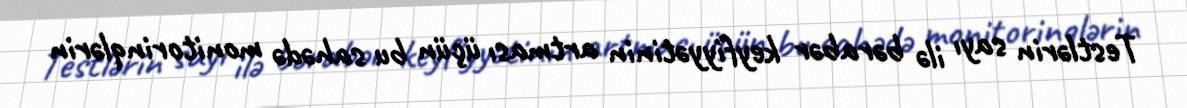
Testlərin sayı ilə bərabər keyfiyyətinin artması üçün bu sahədə monitorinqlərin